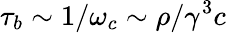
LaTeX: \tau_{b}\sim 1/\omega_{c}\sim\rho/\gamma^{3}c